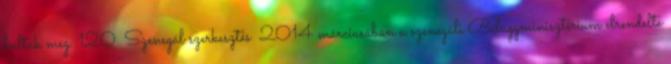
haltak meg. 120 Szenegál szerkesztés 2014 márciusában a szenegáli Belügyminisztérium elrendelte